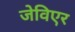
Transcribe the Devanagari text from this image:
जेविएर